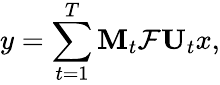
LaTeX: y=\sum_{t=1}^{T}\mathbf{M}_{t}\mathcal{F}\mathbf{U}_{t}x,